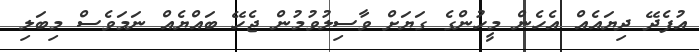
އުފެދޭ ދިޔައެއް އެހެން މީހުންގެ ގަޔަށް ވާސިލުވުމުން ޖެހޭ ބައްޔެއް ނަމަވެސް މިބަލި